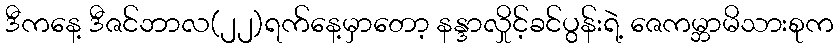
ဒီကနေ့ ဒီဇင်ဘာလ(၂၂)ရက်နေ့မှာတော့ နန္ဒာလှိုင့်ခင်ပွန်းရဲ့ ဇေကမ္ဘာမိသားစုက